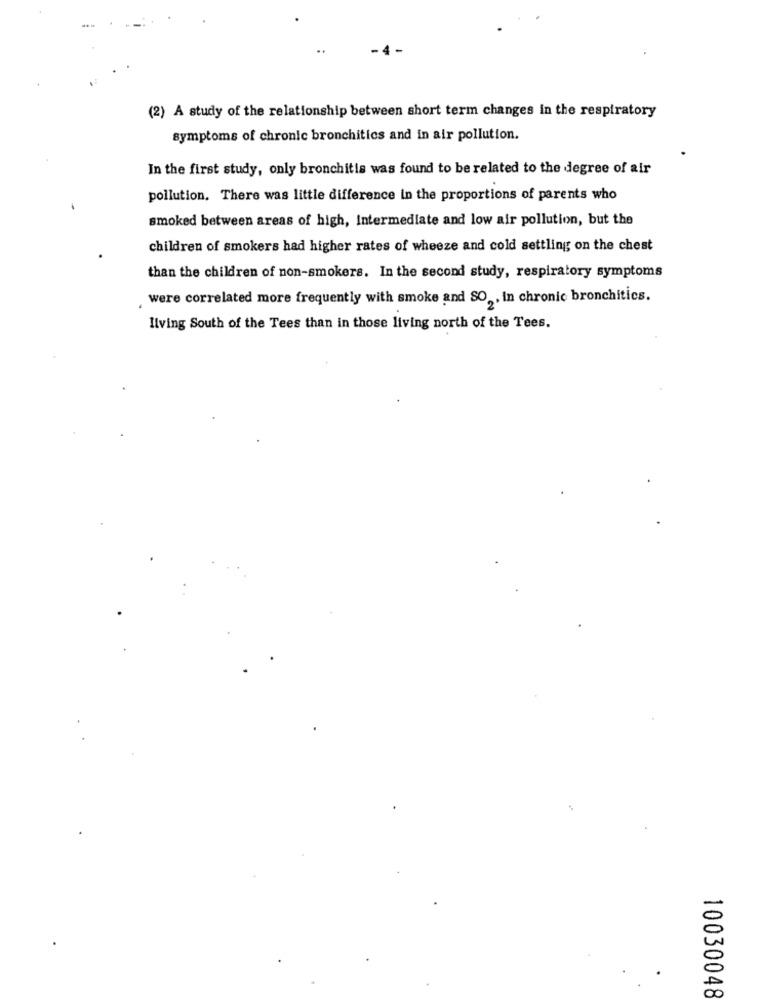
(2) A study of the relationship between short term changes in the respiratory
symptoms of chronic bronchitics and in air pollution.
In the first study, only bronchitis was found to be related to the degree of air
pollution. There was little difference in the proportions of parents who
smoked between areas of high, Intermediate and low air pollution, but the
children of smokers had higher rates of wheeze and cold settling on the chest
than the children of non-smokers. In the second study, respiratory symptoms
were correlated more frequently with smoke and SO , In chronic bronchitics.
Ilving South of the Tees than in those living north of the Tees.
10030048